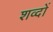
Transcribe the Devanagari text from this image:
शव्दों